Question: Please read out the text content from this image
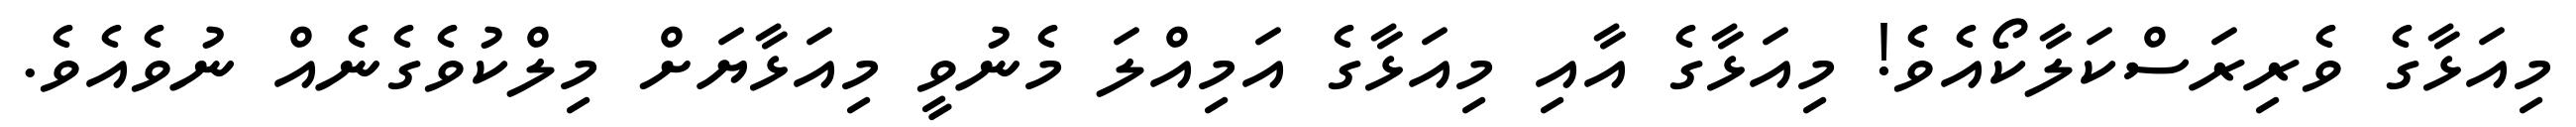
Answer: މިއަޅާގެ ވެރިރަސްކަލާކޯއެވެ! މިއަޅާގެ އާއި މިއަޅާގެ އަމިއްލަ މެނުވީ މިއަޅާޔަށް މިލްކުވެގެނެއް ނުވެއެވެ.